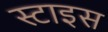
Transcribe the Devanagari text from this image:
स्टाइस